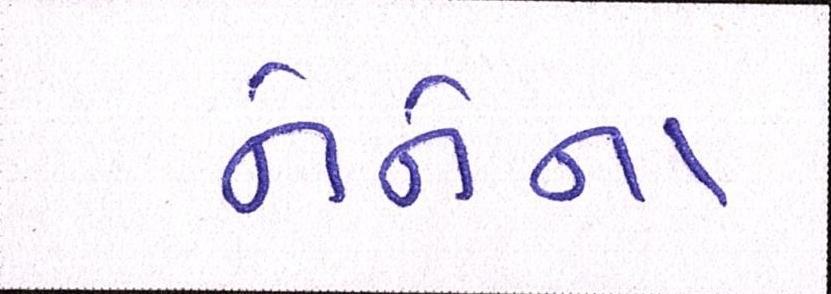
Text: નેનેના